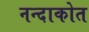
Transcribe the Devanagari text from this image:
नन्दाकोत